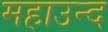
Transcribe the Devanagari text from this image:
महाउन्द